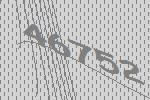
46752